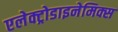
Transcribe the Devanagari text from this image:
एलेक्ट्रोडाइनेमिक्स